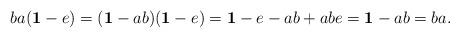
LaTeX: \begin{align*}ba(\mathbf{1}-e)& =(\mathbf{1}-ab)(\mathbf{1}-e)=\mathbf{1}-e-ab+abe=\mathbf{1}-ab=ba.\end{align*}